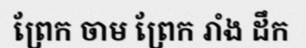
ព្រែក ចាម ព្រែក រាំង ដឹក